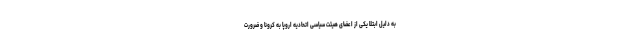
به دلیل ابتلا یکی از اعضای هیئت سیاسی اتحادیه اروپا به کرونا و ضرورت